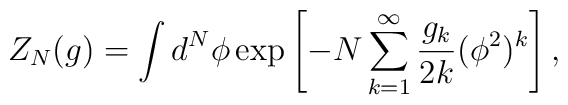
Z_N(g) = \int d^N \phi  \exp \left[ -N \sum_{k=1}^{\infty} \frac{g_k}{2k} (\phi^2)^k\right],